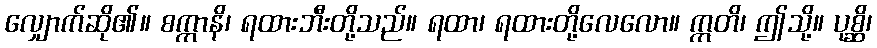
လျှောက်ဆို၏။ စက္ကာနိ၊ ရထားဘီးတို့သည်။ ရထာ၊ ရထားတို့လေလော။ ဣတိ၊ ဤသို့။ ပုစ္ဆိ၊